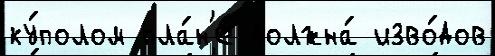
ку́полом пла́н'е должна́ изво́дов